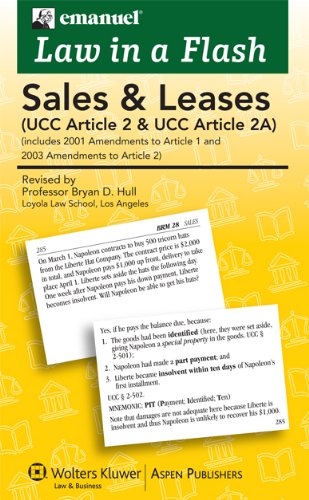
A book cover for Law in a Flash: Sales UCC Article 2; Lazar Emanuel; Law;